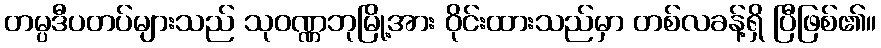
တမ္ပဒီပတပ်များသည် သုဝဏ္ဏဘုမြို့အား ဝိုင်းထားသည်မှာ တစ်လခန့်ရှိ ပြီဖြစ်၏။